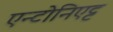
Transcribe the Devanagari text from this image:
एन्टोनिएट्ट